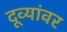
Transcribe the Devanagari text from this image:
दूव्यांवर